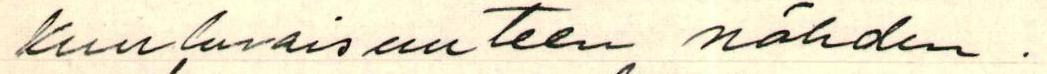
Kuuluvaisuuteen nähden.